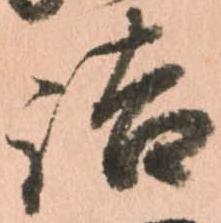
詰